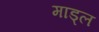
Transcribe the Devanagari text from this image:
माड्ल